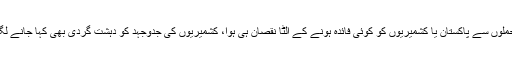
پاکستان میں عام شہری حیران ہوتے ہیں کہ انڈیا میں ہونے والے ان حملوں سے پاکستان یا کشمیریوں کو کوئی فائدہ ہونے کے الٹا نقصان ہی ہوا، کشمیریوں کی جدوجہد کو دہشت گردی بھی کہا جانے لگا اور پاکستان کی پوزیشن بھی عالمی سطح پر کمزور اور بدنام ہوئی۔